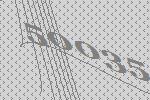
50035